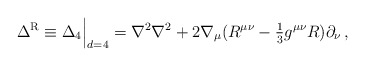
\begin{align*}\Delta^{\rm {R}} \equiv \Delta_{4}\Big | _{d=4} = \nabla^2 \nabla^2 + 2 \nabla_\mu ( R^{\mu\nu} - {\textstyle{1\over 3}}g^{\mu\nu}R )\partial_\nu \, ,\end{align*}